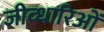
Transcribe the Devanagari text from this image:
जीव्धारिओं